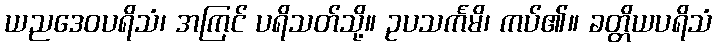
ယညဒေဝပရိသံ၊ အကြင် ပရိသတ်သို့။ ဥပသင်္ကမိ၊ ကပ်၏။ ခတ္တိယပရိသံ